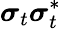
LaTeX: \boldsymbol{\sigma}_{t}\boldsymbol{\sigma}_{t}^{*}